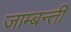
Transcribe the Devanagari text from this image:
जाम्बन्ती